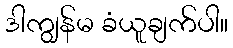
ဒါကျွန်မ ခံယူချက်ပါ။